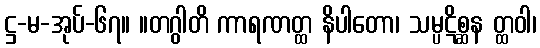
ဋ္ဌ-မ-အုပ်-၆၇။ ။တဂွါတိ ကာရဏတ္ထ နိပါတော၊ သမ္ပဋိစ္ဆန တ္ထဝါ၊